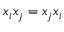
x _ { i } x _ { j } = x _ { j } x _ { i }